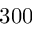
3 0 0